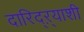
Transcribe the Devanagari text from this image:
दारिद्ऱ्याशी